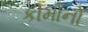
કીમોનો